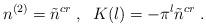
LaTeX: \begin{align*}n^{(2)}=\tilde{n}^{cr}\;,\;\;K(l)=-\pi ^l\tilde{n}^{cr}\;.\end{align*}